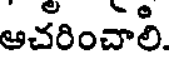
ఆచరించాలి.